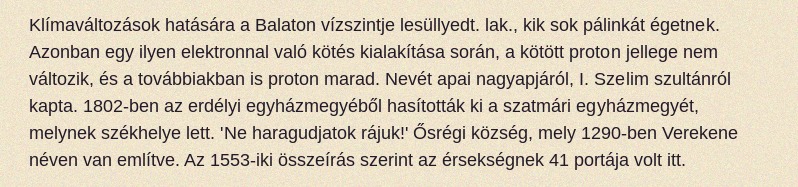
Klímaváltozások hatására a Balaton vízszintje lesüllyedt. lak., kik sok pálinkát égetnek. Azonban egy ilyen elektronnal való kötés kialakítása során, a kötött proton jellege nem változik, és a továbbiakban is proton marad. Nevét apai nagyapjáról, I. Szelim szultánról kapta. 1802-ben az erdélyi egyházmegyéből hasították ki a szatmári egyházmegyét, melynek székhelye lett. 'Ne haragudjatok rájuk!' Ősrégi község, mely 1290-ben Verekene néven van említve. Az 1553-iki összeírás szerint az érsekségnek 41 portája volt itt.